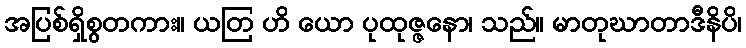
အပြစ်ရှိစွတကား။ ယတြ ဟိ ယော ပုထုဇ္ဇနော၊ သည်။ မာတုဃာတာဒီနိပိ၊